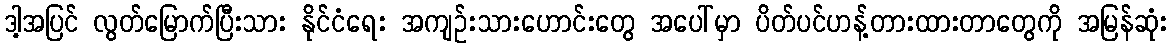
ဒါ့အပြင် လွတ်မြောက်ပြီးသား နိုင်ငံရေး အကျဉ်းသားဟောင်းတွေ အပေါ်မှာ ပိတ်ပင်ဟန့်တားထားတာတွေကို အမြန်ဆုံး